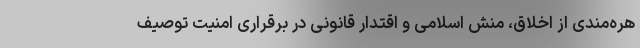
هره‌مندی از اخلاق، منش اسلامی و اقتدار قانونی در برقراری امنیت توصیف